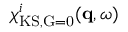
\chi _ { \mathrm { K S , \vec { G } = 0 } } ^ { i } ( \mathbf { q } , \omega )